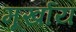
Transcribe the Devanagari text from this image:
मूर्खाय